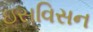
ઇસવિસન